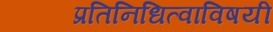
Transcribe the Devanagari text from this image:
प्रतिनिधित्वाविषयी